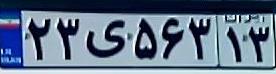
۲۳ی۵۶۳۱۳